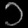
Digit: ၁